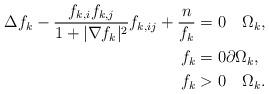
LaTeX: \begin{align*}\Delta f_{k}-\frac{f_{k,i}f_{k,j}}{1+|\nabla f_{k}|^{2}}f_{k,ij}+\frac{n}{f_{k}}&=0 \quad\Omega_{k},\\f_{k}&=0 \partial\Omega_{k},\\f_{k}&>0 \quad \Omega_{k}.\end{align*}